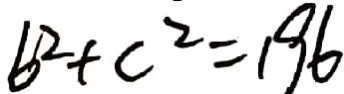
6 ^ { 2 } + c ^ { 2 } = 1 9 6